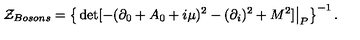
{ \cal Z } _ { B o s o n s } = \left\{ \left. \det [ - ( \partial _ { 0 } + A _ { 0 } + i \mu ) ^ { 2 } - ( \partial _ { i } ) ^ { 2 } + M ^ { 2 } ] \right| _ { P } \right\} ^ { - 1 } .